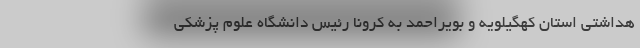
هداشتی استان کهگیلویه و بویراحمد به کرونا رئیس دانشگاه علوم پزشکی